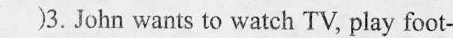
)3. John wants to watch TV, play foot-